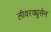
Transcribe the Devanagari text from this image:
लीवरक्युसेन